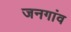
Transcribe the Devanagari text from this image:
जनगांव